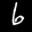
Label: 6